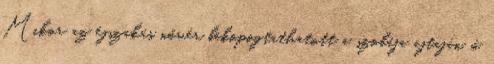
Mikor az éjszakás nővér bekopogtathatott a szobája ajtaján, ő